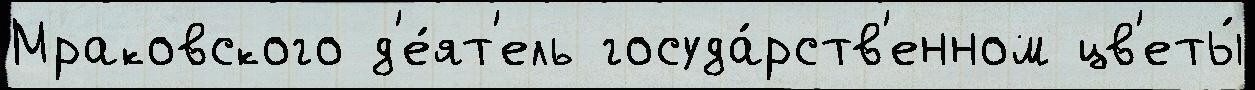
Мраковского д'е́ят'ель госуда́рств'енном цв'еты́